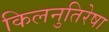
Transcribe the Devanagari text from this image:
किलनुतिरेषा